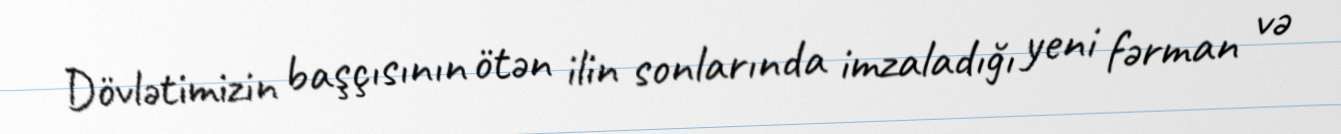
Dövlətimizin başçısının ötən ilin sonlarında imzaladığı yeni fərman və